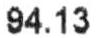
94.13